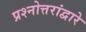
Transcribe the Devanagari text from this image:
प्रश्नोत्तरांद्वारे